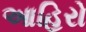
આહિરો